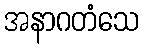
အနာဂတံသေ